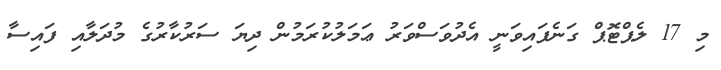
މި 17 ލެޕްޓޮޕް ގަނެފައިވަނީ އެދުވަސްވަރު ޢަމަލުކުރަމުން ދިޔަ ސަރުކާރުގެ މުދަލާއި ފައިސާ